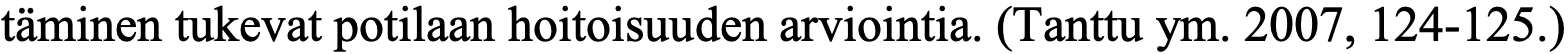
täminen tukevat potilaan hoitoisuuden arviointia. (Tanttu ym. 2007, 124-125.)